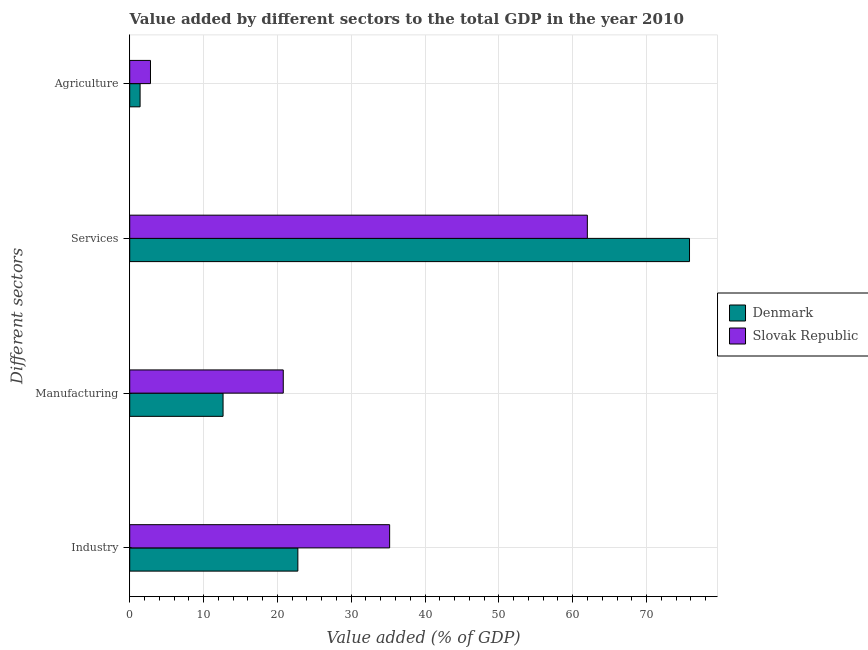
| Different sectors | Denmark | Slovak Republic |
 | --- | --- | --- |
 | Industry | 22.8 | 35.2 |
 | Manufacturing | 12.6 | 20.8 |
 | Services | 75.8 | 62 |
 | Agriculture | 1.4 | 2.81 |